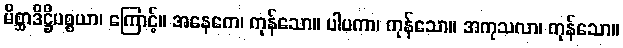
မိစ္ဆာဒိဋ္ဌိပစ္စယာ၊ ကြောင့်။ အနေကေ၊ ကုန်သော။ ပါပကာ၊ ကုန်သော။ အကုသလာ၊ ကုန်သော။